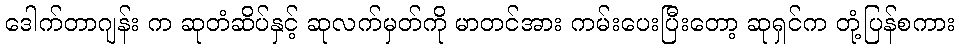
ဒေါက်တာဂျန်း က ဆုတံဆိပ်နှင့် ဆုလက်မှတ်ကို မာတင်အား ကမ်းပေးပြီးတော့ ဆုရှင်က တုံ့ပြန်စကား